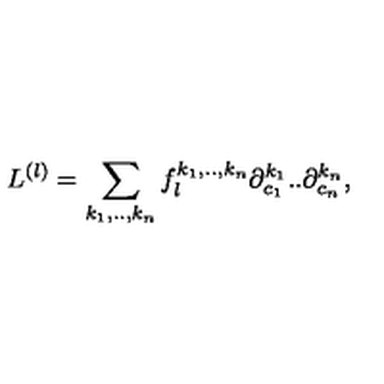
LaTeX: L ^ { ( l ) } = \sum _ { k _ { 1 } , . . , k _ { n } } f _ { l } ^ { k _ { 1 } , . . , k _ { n } } \partial _ { c _ { 1 } } ^ { k _ { 1 } } . . \partial _ { c _ { n } } ^ { k _ { n } } ,